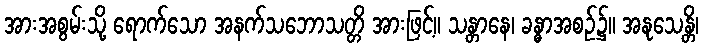
အားအစွမ်းသို့ ရောက်သော အနက်သဘောသတ္တိ အားဖြင့်။ သန္တာနေ၊ ခန္ဓာအစဉ်၌။ အနုသေန္တိ၊